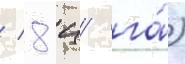
/ 8 ц/ га́)